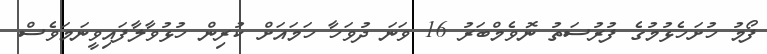
ފޯމު ހުށަހެޅުމުގެ ފުރުސަތު ނޮވެމްބަރު 16 ވަނަ ދުވަހާ ހަމައަށް ކުރިން ހުޅުވާލާފައިވީނަމަވެސް